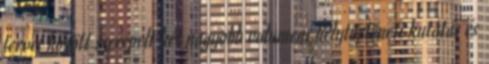
tervei között szerepelt két nagyobb volumenı helytörténeti kutatás és